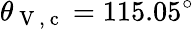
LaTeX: \theta_{\mathrm{~V~,~c~}}=115.05^{\circ}